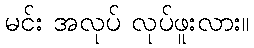
မင်း အလုပ် လုပ်ဖူးလား။